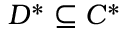
D ^ { * } \subseteq C ^ { * }